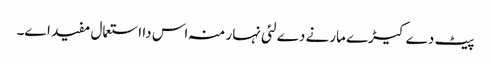
پیٹ دے کیڑے مارنے دے لئی نہار منہ اس دا استعمال مفید ا‏‏ے۔